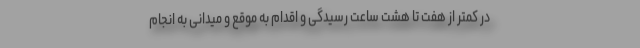
در کمتر از هفت تا هشت ساعت رسیدگی و اقدام به موقع و میدانی به انجام